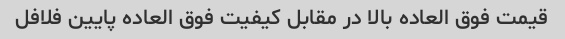
قیمت فوق العاده بالا در مقابل کیفیت فوق العاده پایین فلافل